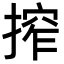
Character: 搾